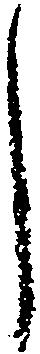
し